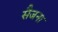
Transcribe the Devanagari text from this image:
सैजना